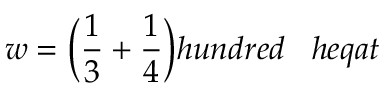
w = { \bigg ( } { \frac { 1 } { 3 } } + { \frac { 1 } { 4 } } { \bigg ) } h u n d r e d \; \; \; h e q a t